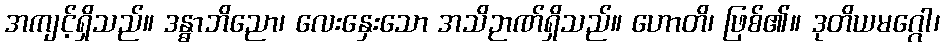
အကျင့်ရှိသည်။ ဒန္ဓာဘိညော၊ လေးနှေးသော အသိဉာဏ်ရှိသည်။ ဟောတိ၊ ဖြစ်၏။ ဒုတိယမဂ္ဂေါ၊